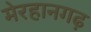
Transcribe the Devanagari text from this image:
मेरहानगढ़